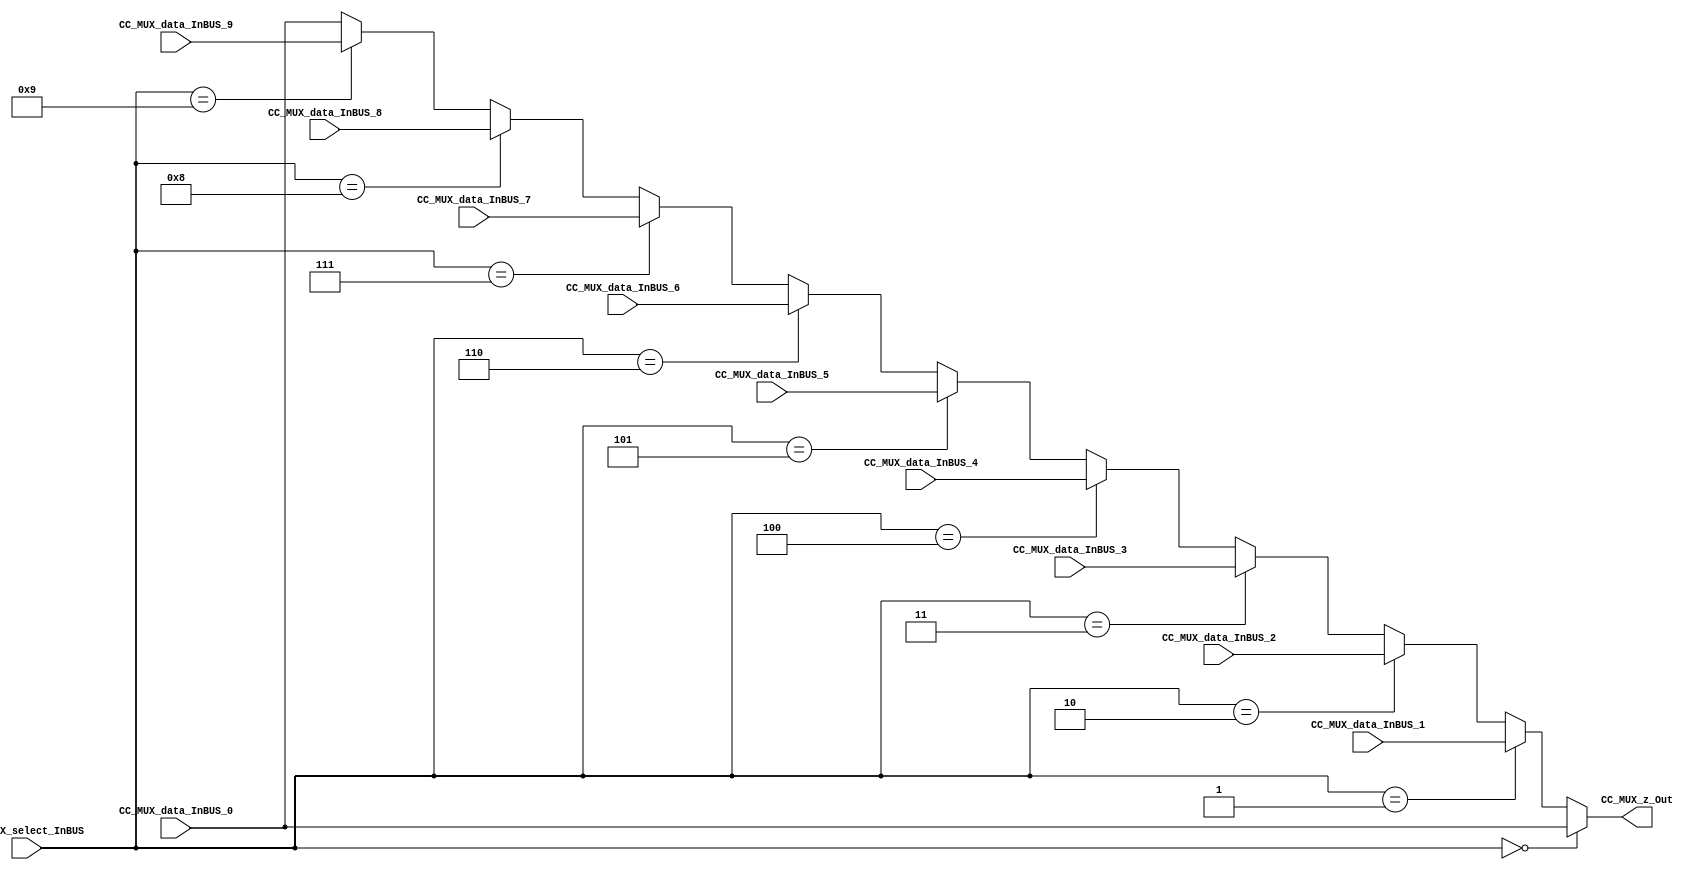
/*######################################################################
//#	G0B1T: HDL EXAMPLES. 2018.
//######################################################################
//# Copyright (C) 2018. F.E.Segura-Quijano (FES) fsegura@uniandes.edu.co
//# 
//# This program is free software: you can redistribute it and/or modify
//# it under the terms of the GNU General Public License as published by
//# the Free Software Foundation, version 3 of the License.
//#
//# This program is distributed in the hope that it will be useful,
//# but WITHOUT ANY WARRANTY; without even the implied warranty of
//# MERCHANTABILITY or FITNESS FOR A PARTICULAR PURPOSE.  See the
//# GNU General Public License for more details.
//#
//# You should have received a copy of the GNU General Public License
//# along with this program.  If not, see <http://www.gnu.org/licenses/>
//####################################################################*/
///Q=======================================================
//  MODULE Definition
//=======================================================
module CC_MUX (
//////////// OUTPUTS //////////
	CC_MUX_z_Out,
	//////////// INPUTS //////////
	CC_MUX_select_InBUS,
	CC_MUX_data_InBUS_0,
	CC_MUX_data_InBUS_1,
	CC_MUX_data_InBUS_2,
	CC_MUX_data_InBUS_3,
	CC_MUX_data_InBUS_4,
	CC_MUX_data_InBUS_5,
	CC_MUX_data_InBUS_6,
	CC_MUX_data_InBUS_7,
	CC_MUX_data_InBUS_8,
	CC_MUX_data_InBUS_9
);
//=======================================================
//  PARAMETER declarations
//=======================================================

//=======================================================
//  PORT declarations
//=======================================================
output   reg [7:0] CC_MUX_z_Out;
input 	[3:0] CC_MUX_select_InBUS;
input 	[7:0] CC_MUX_data_InBUS_0;
input 	[7:0] CC_MUX_data_InBUS_1;
input 	[7:0] CC_MUX_data_InBUS_2;
input 	[7:0] CC_MUX_data_InBUS_3;
input 	[7:0] CC_MUX_data_InBUS_4;
input 	[7:0] CC_MUX_data_InBUS_5;
input 	[7:0] CC_MUX_data_InBUS_6;
input 	[7:0] CC_MUX_data_InBUS_7;
input 	[7:0] CC_MUX_data_InBUS_8;
input 	[7:0] CC_MUX_data_InBUS_9;
//=======================================================
//======================================================
//  REG/WIRE declarations
//=======================================================

//=======================================================
//  Structural coding
//=======================================================
always @(*)
begin
   if (CC_MUX_select_InBUS == 4'b0000)
		CC_MUX_z_Out = CC_MUX_data_InBUS_0;
	else if (CC_MUX_select_InBUS == 4'b0001)
		CC_MUX_z_Out = CC_MUX_data_InBUS_1;
	else if (CC_MUX_select_InBUS == 4'b0010)
		CC_MUX_z_Out = CC_MUX_data_InBUS_2;
	else if (CC_MUX_select_InBUS == 4'b0011)
		CC_MUX_z_Out = CC_MUX_data_InBUS_3;
	else if (CC_MUX_select_InBUS == 4'b0100)
		CC_MUX_z_Out = CC_MUX_data_InBUS_4;
	else if (CC_MUX_select_InBUS == 4'b0101)
		CC_MUX_z_Out = CC_MUX_data_InBUS_5;
	else if (CC_MUX_select_InBUS == 4'b0110)
		CC_MUX_z_Out = CC_MUX_data_InBUS_6;
	else if (CC_MUX_select_InBUS == 4'b0111)
		CC_MUX_z_Out = CC_MUX_data_InBUS_7;
	else if (CC_MUX_select_InBUS == 4'b1000)
		CC_MUX_z_Out = CC_MUX_data_InBUS_8;
	else if (CC_MUX_select_InBUS == 4'b1001)
		CC_MUX_z_Out = CC_MUX_data_InBUS_9;
	else
		CC_MUX_z_Out = CC_MUX_data_InBUS_0;
	
	//$display ("INSB = %b", CC_MUX_select_InBUS);
	//$display ("OUTL = %b", CC_MUX_z_Out);
		
end
endmodule